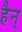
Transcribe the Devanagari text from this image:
हैन्